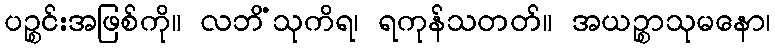
ပဉ္စင်းအဖြစ်ကို။ လဘိံသုကိရ၊ ရကုန်သတတ်။ အယဉ္စာသုမနော၊